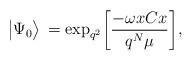
LaTeX: \begin{align*}\big|\Psi_0\big>\,={\rm exp}_{q^2}\bigg[{-\omega xCx\over q^N\mu}\bigg] ,\end{align*}